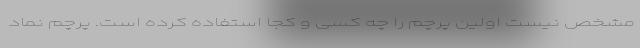
مشخص نیست اولین پرچم را چه کسی و کجا استفاده کرده است. پرچم نماد